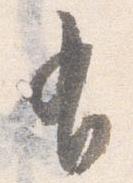
有